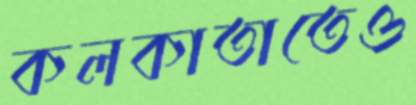
কলকাতাতেও